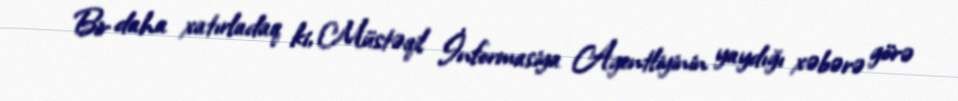
Bir daha xatırladaq ki, Müstəqil İnformasiya Agentliyinin yaydığı xəbərə görə